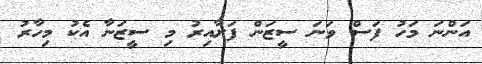
އަންނަ މަހު ފަސް ވަނަ ސީޒަން ފަށާއިރު މި ސީޒަނާ އެކު މިހާރު